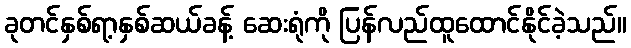
ခုတင်နှစ်ရာ့နှစ်ဆယ်ခန့် ဆေးရုံကို ပြန်လည်ထူထောင်နိုင်ခဲ့သည်။